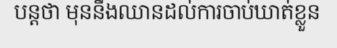
បន្តថា មុននឹងឈានដល់ការចាប់ឃាត់ខ្លួន